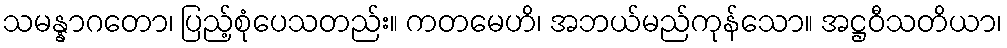
သမန္နာဂတော၊ ပြည့်စုံပေသတည်း။ ကတမေဟိ၊ အဘယ်မည်ကုန်သော။ အဋ္ဌဝီသတိယာ၊